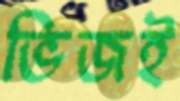
ভিজই